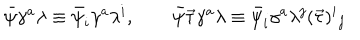
\bar { \psi } \gamma ^ { a } \lambda \equiv \bar { \psi } _ { i } \gamma ^ { a } \lambda ^ { i } , \qquad \bar { \psi } \vec { \tau } \gamma ^ { a } \lambda \equiv \bar { \psi } _ { i } \gamma ^ { a } \lambda ^ { j } ( \vec { \tau } ) ^ { i } { } _ { j }